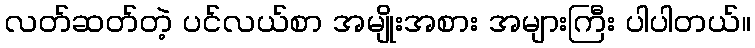
လတ်ဆတ်တဲ့ ပင်လယ်စာ အမျိုးအစား အများကြီး ပါပါတယ်။